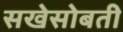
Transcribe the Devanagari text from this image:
सखेसोबती